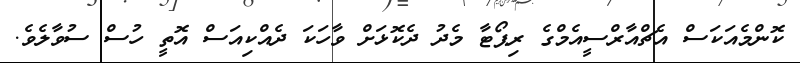
ކޮންމެއަކަސް އެޗްއާރްސީއެމްގެ ރިޕޯޓާ މެދު ދެކޮޅަށް ވާހަކަ ދެއްކިއަސް އޮތީ ހުސް ސުވާލެވެ.